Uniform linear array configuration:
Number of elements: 64
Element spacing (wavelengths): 0.75
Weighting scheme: exponential
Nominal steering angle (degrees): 60
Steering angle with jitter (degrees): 59.474
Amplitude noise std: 0.05
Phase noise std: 0.05

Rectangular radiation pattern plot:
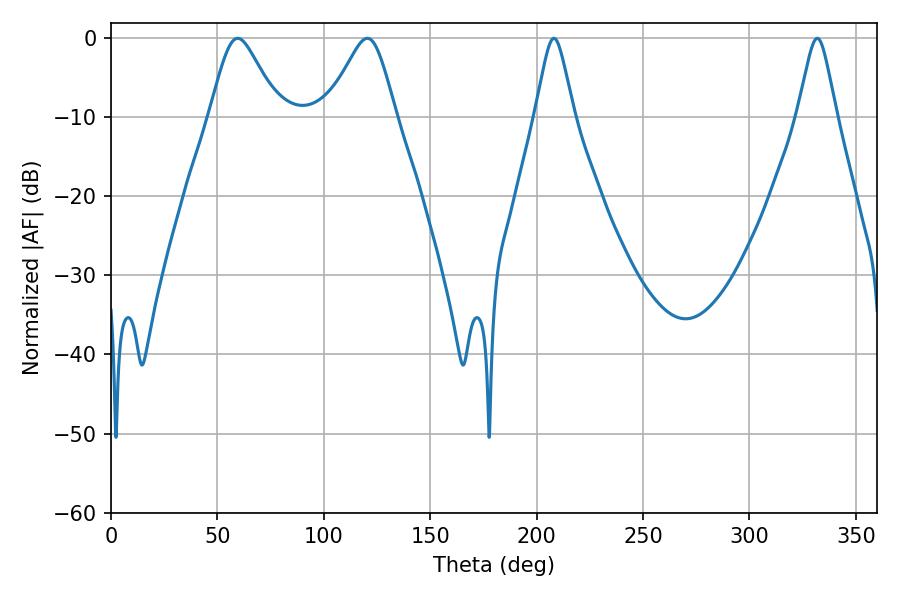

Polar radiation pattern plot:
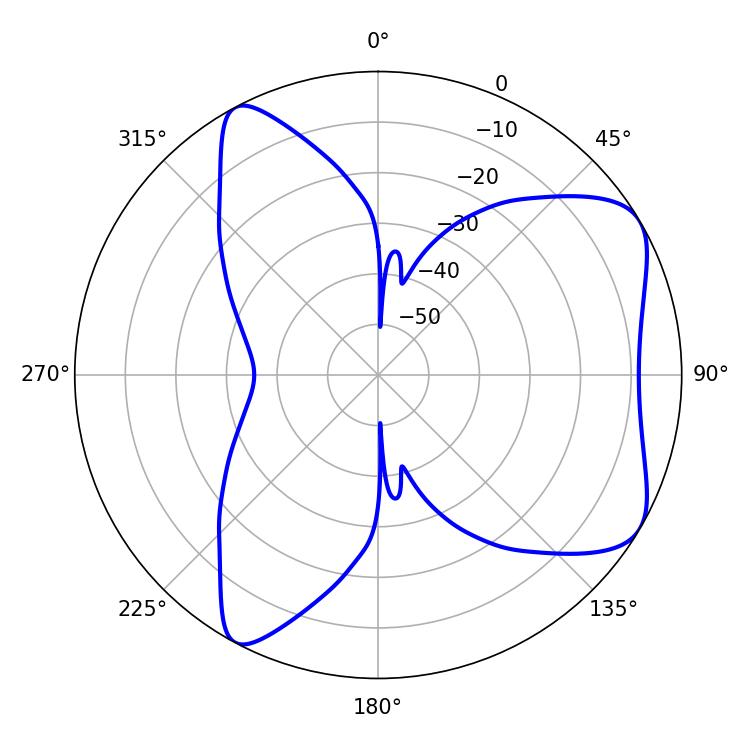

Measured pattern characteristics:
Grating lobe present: TRUE
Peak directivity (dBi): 6.651
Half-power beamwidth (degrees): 15.66
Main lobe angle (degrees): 59.58